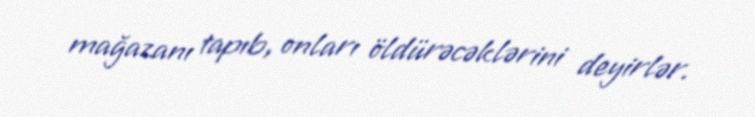
mağazanı tapıb, onları öldürəcəklərini deyirlər.